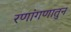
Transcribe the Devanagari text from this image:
रणांगणातुन